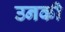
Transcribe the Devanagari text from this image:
उनकी